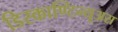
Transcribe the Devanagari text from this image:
डिस्काण्टिन्यूअस